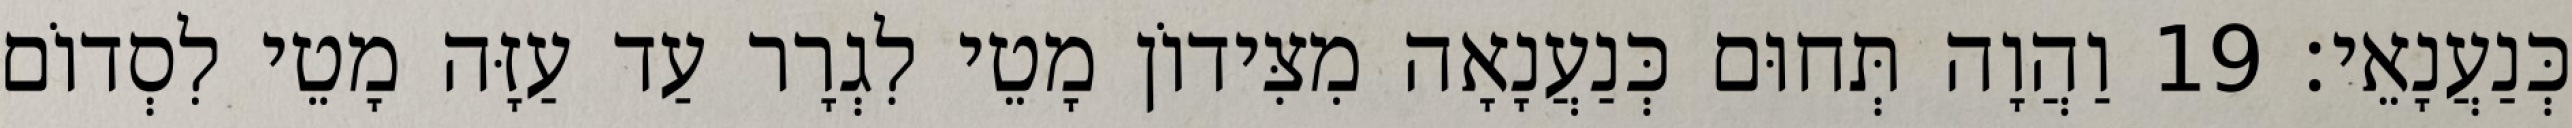
כְּנַעֲנָאֵי׃ 19 וַהֲוָה תְּחוּם כְּנַעֲנָאָה מִצִּידוֹן מָטֵי לִגְרָר עַד עַזָּה מָטֵי לִסְדוֹם